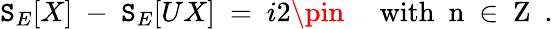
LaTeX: \mathtt{S}_{E}[X]\ -\ \mathtt{S}_{E}[UX]\ =\ i2\pin\quad\mathrm{{~with\ ~n~\in{\mathbf{~}Z}~}}\ .